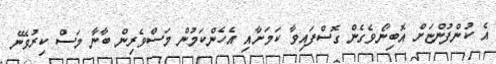
އެ ކުންފުންޏަށް އޮބިނޯވެގެން ގޮސްފައިވާ ކަމަށާއި އެހެންކަމުން މަސްވެރިން ބާނާ މަސް ކިރުވޭނެ